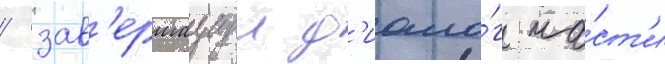
/ зав'ершаущеи д'иало́г ча́ст'и